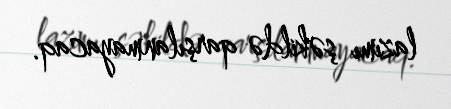
lazımı şəkildə qarşılanmayacaq.